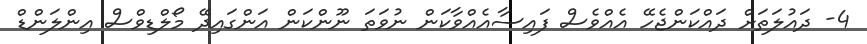
4- ދައުލަތަށް ދައްކަންޖެހޭ އެއްވެސް ފައިސާއެއްވާކަން ނުވަތަ ނޫންކަން އަންގައިދޭ މޯލްޑިވްސް އިންލަންޑް